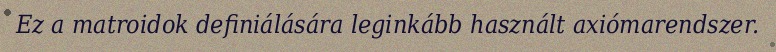
Ez a matroidok definiálására leginkább használt axiómarendszer.